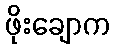
ဖိုးချောက